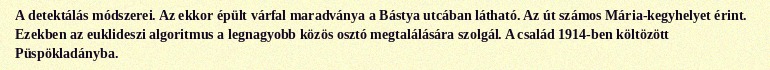
A detektálás módszerei. Az ekkor épült várfal maradványa a Bástya utcában látható. Az út számos Mária-kegyhelyet érint. Ezekben az euklideszi algoritmus a legnagyobb közös osztó megtalálására szolgál. A család 1914-ben költözött Püspökladányba.